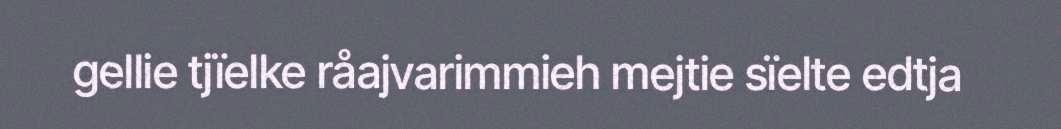
gellie tjïelke råajvarimmieh mejtie sïelte edtja